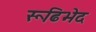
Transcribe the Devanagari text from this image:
रूढिभेद